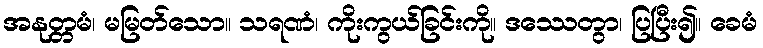
အနုတ္တမံ၊ မမြတ်သော။ သရဏံ၊ ကိုးကွယ်ခြင်းကို။ ဒဿေတွာ၊ ပြပြီး၍။ ခေမံ